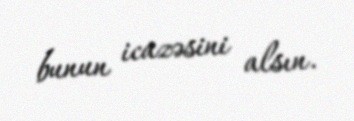
bunun icazəsini alsın.